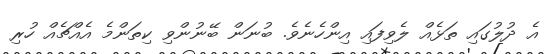
އެ ދުލުގައި ތަޅެއް ލެވިފައި އިންހެނެވެ. ބުނަން ބޭނުންވި ކިތަންމެ އެއްޗެއް ހުރި